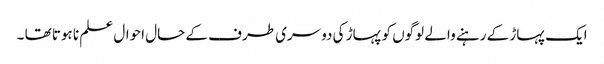
ایک پہاڑ کے رہنے والے لوگوں کو پہاڑ کی دوسری طرف کے حال احوال علم نا ہوتا تھا ۔